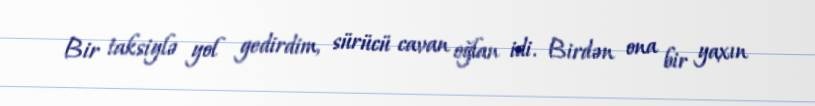
Bir taksiylə yol gedirdim, sürücü cavan oğlan idi. Birdən ona bir yaxın